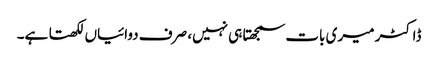
ڈاکٹر میری بات سمجھتا ہی نہیں، صرف دوائیاں لکھتا ہے۔